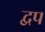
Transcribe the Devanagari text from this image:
द्वप